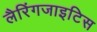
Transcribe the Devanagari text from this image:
लैरिंगजाइटिस